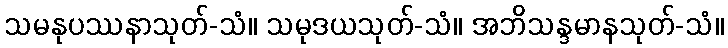
သမနုပဿနာသုတ်-သံ။ သမုဒယသုတ်-သံ။ အဘိသန္ဒမာနသုတ်-သံ။